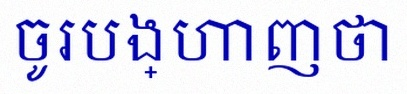
ចូរបង្ហាញថា